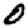
Digit: 0